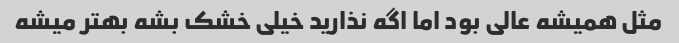
مثل همیشه عالی بود اما اگه نذارید خیلی خشک بشه بهتر میشه